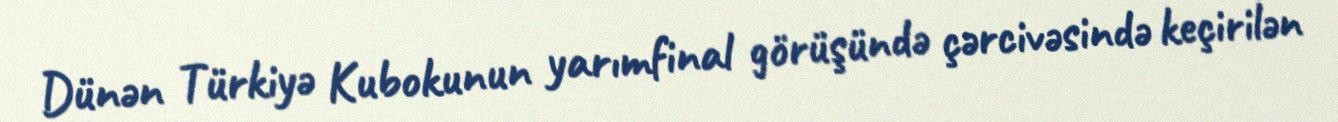
Dünən Türkiyə Kubokunun yarımfinal görüşündə çərcivəsində keçirilən